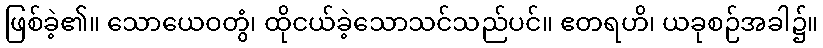
ဖြစ်ခဲ့၏။ သောယေဝတွံ၊ ထိုငယ်ခဲ့သောသင်သည်ပင်။ ဧတရဟိ၊ ယခုစဉ်အခါ၌။